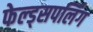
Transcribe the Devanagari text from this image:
फेल्ड्सपर्लिंग